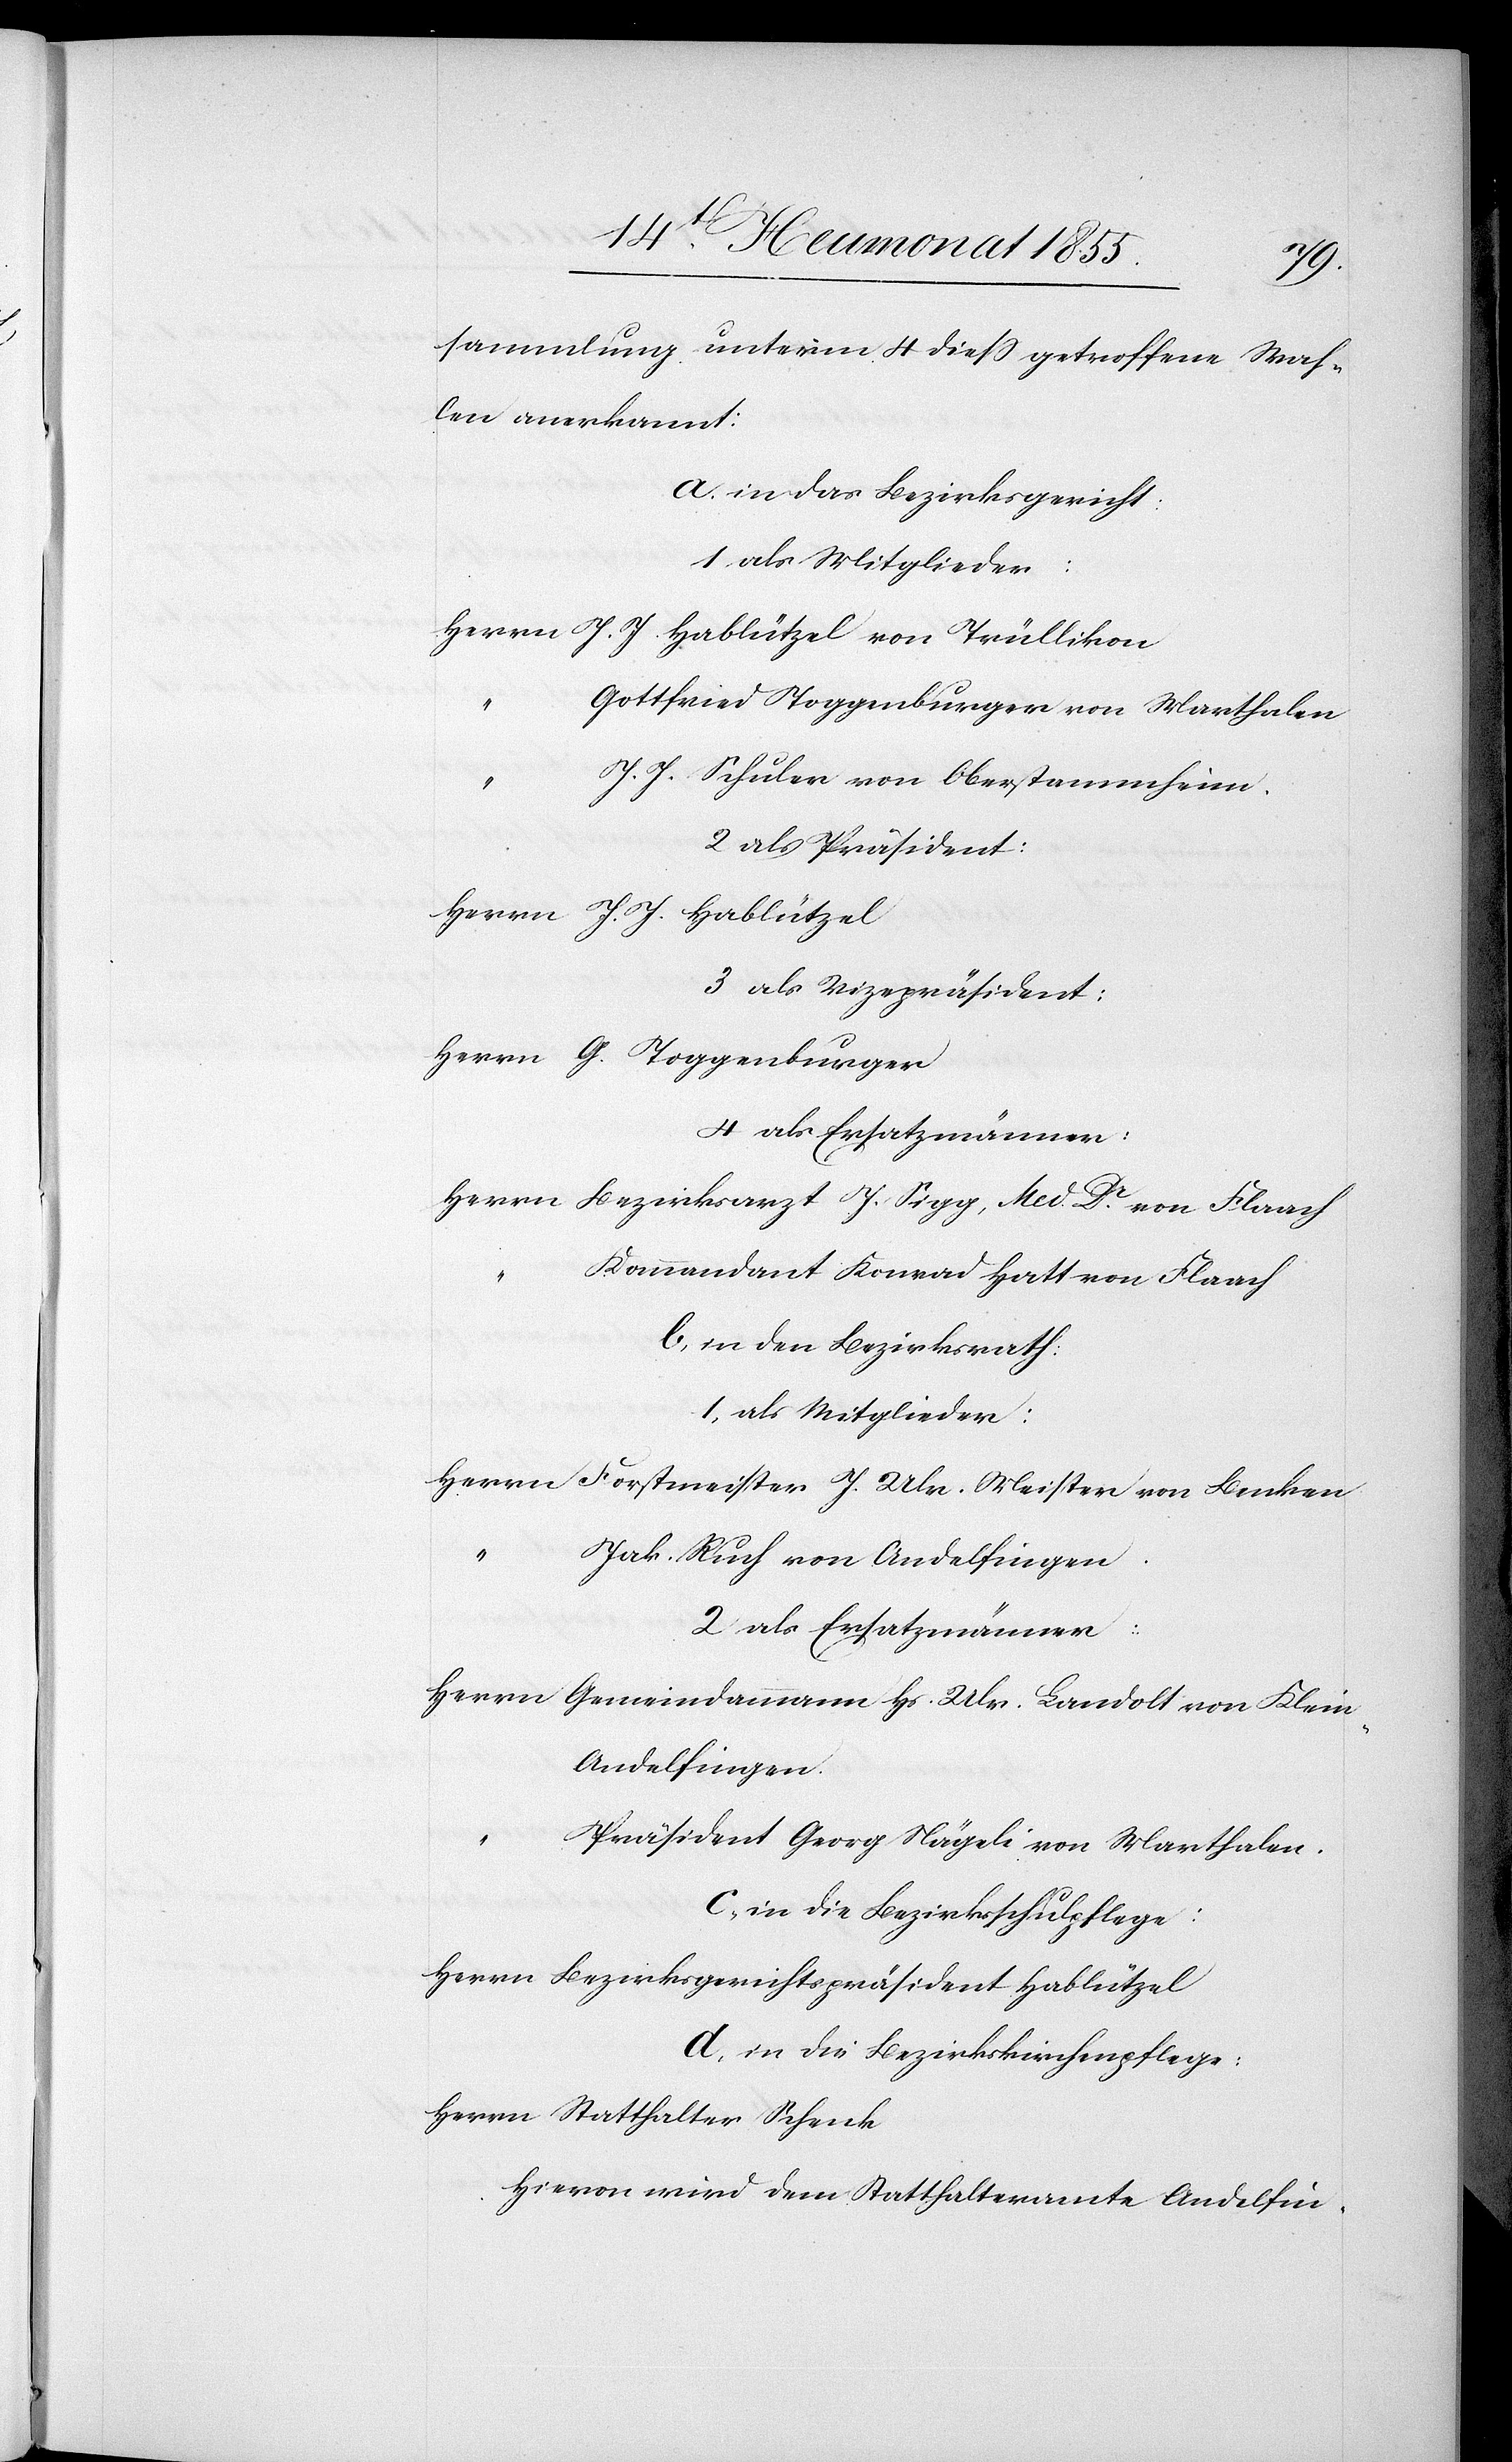
sammlung unterm 4 diess getroffene Wah¬
len anerkannt:
a. in das Bezirksgericht:
1 als Mitglieder:
Herrn J. J. Hablützel von Trüllikon
“
Gottfried Toggenburger von Marthalen
J. J. Schuler von Oberstammheim.
2 als Präsident:
Herrn J. J. Hablützel
3 als Vizepräsident:
Herrn G. Toggenburger
4 als Ersatzmänner:
Herrn Bezirksarzt J. Sigg, Med. Dr. von Flaach
Kommandant Konrad Hatt von Flaach
b, in den Bezirksrath:
1, als Mitglieder:
Herrn Forstmeister J. Ulr. Meister von Benken
“
Jak. Ruch von Andelfingen.
2 als Ersatzmänner:
Herrn Gemeindammann Hs. Ulr. Landolt von Klei¬
n-Andelfingen.
Präsident Georg Nägeli von Marthalen.
c, in die Bezirksschulpflege:
Herrn Bezirksgerichtspräsident Hablützel
d, in die Bezirkskirchenpflege:
Herrn Statthalter Schenk
Hievon wird dem Statthalteramte Andelfin-